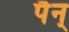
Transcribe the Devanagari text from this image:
पैन्